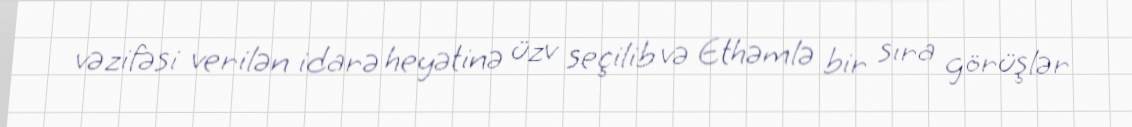
vəzifəsi verilən idarə heyətinə üzv seçilib və Ethəmlə bir sıra görüşlər